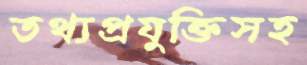
তথ্যপ্রযুক্তিসহ